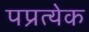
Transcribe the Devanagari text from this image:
पप्रत्येक